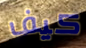
كيف